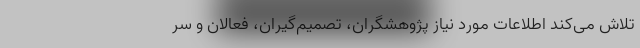
تلاش می‌کند اطلاعات مورد نیاز پژوهشگران، تصمیم‌گیران، فعالان و سر